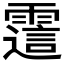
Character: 𬰊